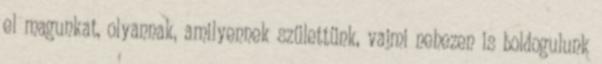
el magunkat, olyannak, amilyennek születtünk, vajmi nehezen is boldogulunk